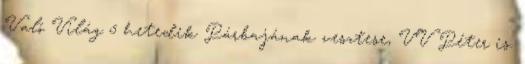
Való Világ 5 hetedik Párbajának vesztese, VV Péter is.